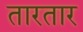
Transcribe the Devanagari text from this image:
तारतार